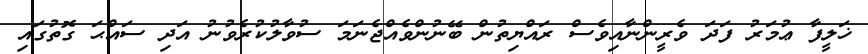
ޚަލީފާ ޢުމަރު ފަދަ ވެރީންނާއިވެސް ރައްޔިތުން ބޭނުންވެއްޖެނަމަ ސުވާލުކުރެވުނު އަދި ސައްޙަ ގޮތުގައި